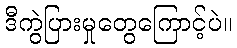
ဒီကွဲပြားမှုတွေကြောင့်ပဲ။